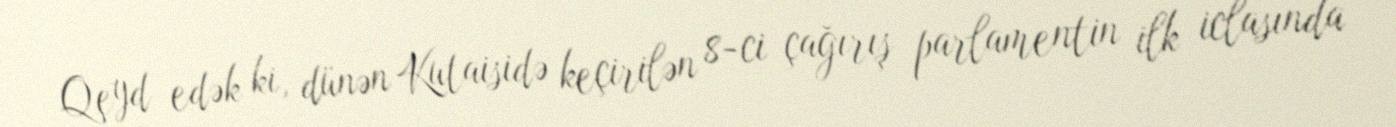
Qeyd edək ki, dünən Kutaisidə keçirilən 8-ci çağırış parlamentin ilk iclasında